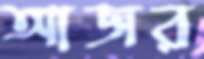
আজর